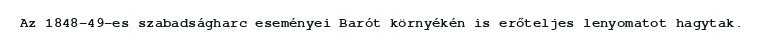
Az 1848-49-es szabadságharc eseményei Barót környékén is erőteljes lenyomatot hagytak.